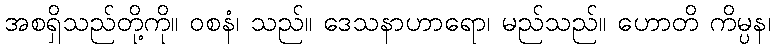
အစရှိသည်တို့ကို။ ဝစနံ၊ သည်။ ဒေသနာဟာရော၊ မည်သည်။ ဟောတိ ကိမ္ပန၊